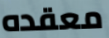
معقده